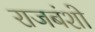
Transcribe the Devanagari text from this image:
राजबंशो